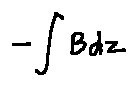
- \int B d z